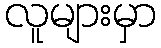
လူများမှာ